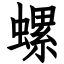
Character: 螺